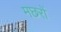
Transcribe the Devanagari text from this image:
मछरों